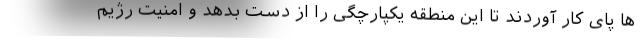
ها پای کار آوردند تا این منطقه یکپارچگی را از دست بدهد و امنیت رژیم